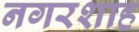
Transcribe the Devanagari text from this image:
नगरशाह